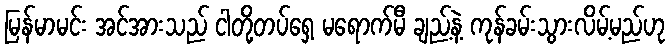
မြန်မာမင်း အင်အားသည် ငါတို့တပ်ရှေ့ မရောက်မီ ချည့်နဲ့ ကုန်ခမ်းသွားလိမ့်မည်ဟု